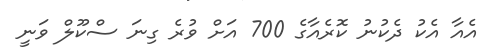
އެއާ އެކު ދެކުނު ކޮރެއާގެ 700 އަށް ވުރެ ގިނަ ސްކޫލް ވަނީ